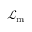
{ \mathcal { L } } _ { \mathrm { m } }